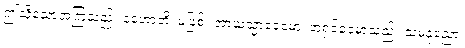
ဤသို့သောအကြံသည်။ နဟောတိ၊ မဖြစ်။ အာယသ္မာခေမော၊ အရှင်ခေမာသည်။ သမနုညော၊